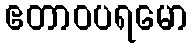
ဧတာဝပရမော